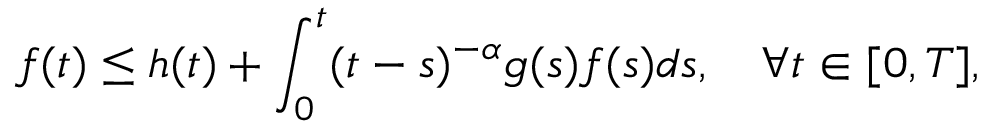
f ( t ) \leq h ( t ) + \int _ { 0 } ^ { t } ( t - s ) ^ { - \alpha } g ( s ) f ( s ) d s , \quad \forall t \in [ 0 , T ] ,